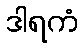
ဒါရကံ